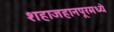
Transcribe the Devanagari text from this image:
शहाजहानपूरमध्ये